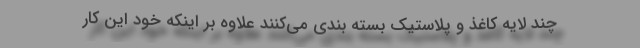
چند لایه کاغذ و پلاستیک بسته بندی می‌کنند علاوه بر اینکه خود این کار